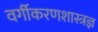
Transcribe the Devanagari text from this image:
वर्गीकरणशास्त्रज्ञ